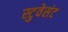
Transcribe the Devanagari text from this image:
स्टुवेसंट